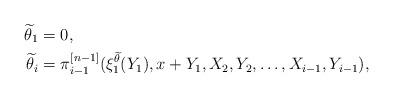
LaTeX: \begin{align*}\widetilde \theta_1&=0,\\\widetilde \theta_i&=\pi^{[n-1]}_{i-1}(\xi^{\widetilde \theta}_1(Y_1),x+Y_1,X_2,Y_2,\dots,X_{i-1},Y_{i-1}), \end{align*}